Vital statistics of India. Vol. V, Reports of 1876 on armies & jails and on epidemic cholera
Year: 1876
Disease focus: Cholera
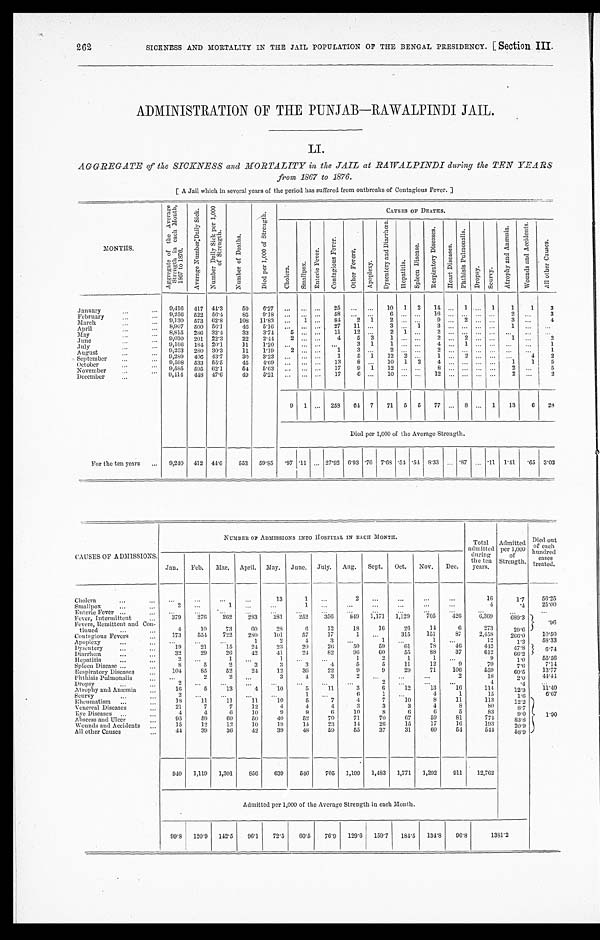
262
SICKNESS AND MORTALITY IN THE JAIL POPULATION OF THE BENGAL PRESIDENCY. [Section III.
ADMINISTRATION OF THE PUNJAB-RAWALPINDI JAIL
LI.
AGGREGATE of the SICKNESS and MORTALITY in the JAIL at RAWALPINDI during the TEN YEARS
from 1867 to 1876.
[A Jail which in several years of the period has suffered from outbreaks of Contagious Fever.]
MONTHS.
A g g r e g a t e o f t h e A v e r a g e S t r e n g t h i n e a c h M o n t h , 1 8 6 7 t o 1 8 7 6 .
A v e r a g e N u m b e r D a i l y S i c k . N u m b e r D a i l y S i c k p e r 1 , 0 0 0 o f S t r e n g t h .
N u m b e r o f D e a t h s .
D i e d p e r 1 , 0 0 0 o f S t r e n g t h .
C A U S E S O F D E A T H S .
Cholera.
S m a l l p o x .
E n t e r i c F e v e r .
C o n t a g i o u s F e v e r .
O t h e r F e v e r .
A p o p l e x y .
D y s e n t e r y a n d D i a r r h œ a .
H e p a t i t i s .
S p l e e n D i s e a s e .
R e s p i r a t o r y D i s e a s e s .
H e a r t D i s e a s e s .
P h t h i s i s P u l m o n a l i s .
D r o p s y .
S c u r v y .
A t r o p h y a n d A n æ m i a .
W o u n d s a n d A c c i d e n t s .
A l l o t h e r C a s e s .
January
9,416 417 44.3 59
6 . 2 7
25
10 1 2 14
1
1 1 1 3
February
9,256 522 56.4 85 9.18
5 8
6
1 6
2
3
March
9 , 1 3 0 5 7 3 62.8 108 11.83
1
8 4 2 1
2
9
2
3
4
April
8,907 500 56.1 46 5.16
2 7 11
3
1 3
1
M a y 8,815 286 32.4 33 3.74 5
1 1 1 2
2 1
2
June
9,030 201 22.3 22 2.44 2
4 5 3 1
2
2
1
2
J u l y 9,166 184 20.1 11
1 . 2 0
3 1 1
4
1
1
August
9,253 280 30.3
1 1 1. 192
1 3
2
2
1
September
9,289 406 43.7 30 3.23
1 5 1
1 2 2
1
2
4 2
October
9,598 533 55.5 45 4.69
1 3 8
1 0 1 2 4
1 1 5
November
9,585 595 62. 1 54 5.63
17 9 1 12
8
2 5
December
9.114 448 47.6
4 9 5. 21
1 7 6
1 0
1 2
2 ... 2
9 1
258 6 4 7 71 5 5 77
8
1 13 6 28
Died per 1,000 of the Average Strength.
For the ten years
9,240 412 44.6 553 59.85
. 9 7
.11 27.92 6.93 7.68 .54 . 5 4 8.33 .87 11 1.41 . 6 5 3 . 0 3
CAUSES OF ADMISSIONS
NUMBER OF ADMI SSI ONS I NTO HOSPI TAL I N EACH MONTH.
Total a d m i t t e d d u r i n g t h e t e n y e a r s . Admitted p e r 1 , 0 0 0 o f S t r e n g t h . Di ed out
h u n d r e d c a s e s t r e a t e d .
Jan. Feb. Mar. April. May. June. July. Aug. Sept. Oct. Nov. Dec.
Cholera
13
1
2
16
1.7 5 6 . 2 5
Smallpox
2
1
1
4
. 4 2 5 . 0 0
Enteric Fever
Fever, Intermittent
379 276 262 283 281 252 356
8 4 9 1,171 1,129 705 426 6,369 639.3 . 9 6
Fevers, Remittent; and Con-
tinned
4 10 73 60 28
6 12
1 8 16 26 14
6
273
29.6
Contagious Fevers
173 55.4 722 280 101 57 17
1
3 1 5 151 87 2,458 266.0 1 0 . 5 0
Apoplexy
1
2
4
3
1
1
12
1.3 5 8 . 3 3
Dysentery 19 21 15 24 23 20 26 50
5 9
6 1 7S 46
442 47.8 6.74
Diarrhœa 32 29 26 42 41 24 82
9 6
6 0
5 5
8 8
3 7
6 1 2 66.2
Hepatitis
2
1
1
1
2
1
1
9
1.0 5 5 . 5 6
Spleen Disease
8 5
2
3
3
3
4
5
5 11 12
9
70
7.6 7 . 1 4
Respiratory Diseases
104 85 52 24 12 36 22
9
9 29 71 106
559
60.5 1 3 . 7 7
Phthisis Pulmonalis
2
2
3
4
3
2
2
1 8 2.0 4 4 . 4 4
Dropsy
2
2
4
Atrophy and Anæmia 16 5 13
4 10
5
1 1
3
6 12 13 16
114 12.3 1 1 . 4 0
Scurvy
2
1
6 1
4
1
15
1.6 6 . 6 7
Rheumatism 18 11
1 1 11
1 0
5
7
4
7
1 0
8
1 1 113 12.2
1.90
Venereal Diseases
2 1
7
7
1 2
4
4
4
3
3
3
4
8
8 0
8 . 7
Eye Diseases
4
4
6
1 0
9
9
6
1 0
8
6
6
5
8 3
9 . 0
Abscess and Ulcer
95 59
6 0 50 40 52 70 71 70 67
5 9
8 1 774 83.8
Wounds and Acci dent s
15 12 12 10 19 14 23 14 26 15 17 16
1 9 3
2 0 . 9
All other Causes
4 4
39 36 42
3 9
4 8
5 9
5 5
3 7
3 1
6 0
5 4
5 4 4
58.9
940 1,119 1,301 856 639 546 705 1,199 1,483 1,771 1,292 911 12,762
Admitted per 1,000 of the Average Strength in each Month.
99.8 120.9 142.5 96.1 72.5 60.5 76.9 129.6 159.7 184. 5 134. 8 96. 8
1 3 8 1 . 2